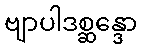
ဗျာပါဒစ္ဆန္ဒော